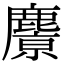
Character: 𪋔